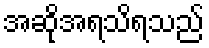
အဆိုအရသိရသည်